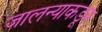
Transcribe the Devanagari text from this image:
जालन्याकडून